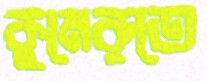
কুমেরুতে